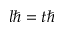
l \hbar = t \hbar